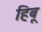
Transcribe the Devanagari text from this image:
हिबू